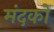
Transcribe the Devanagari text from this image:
मंदकों